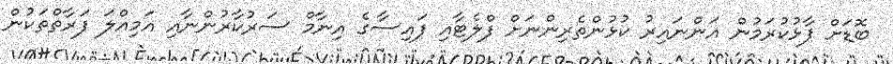
ބޮޑަށް ފާޅުކުރަމުން އަންނައިރު ކުޅުންތެރިންނަށް ފްލެޓާއި ފައިސާގެ އިނާމް ސަރުކާރުންނާއި އަމިއްލަ ފަރާތްތަކުން